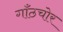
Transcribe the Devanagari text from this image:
गाँठचोर